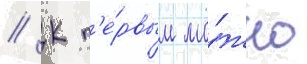
// К п'е́рвым мо́жно